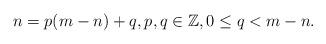
LaTeX: \begin{align*} n = p (m-n) + q, p, q \in \mathbb{Z}, 0 \leq q < m-n.\end{align*}